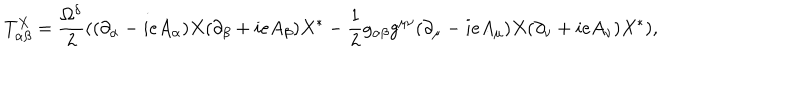
T _ { \alpha \beta } ^ { X } = \frac { \Omega ^ { \delta } } { 2 } ( ( \partial _ { \alpha } - i e A _ { \alpha } ) X ( \partial _ { \beta } + i e A _ { \beta } ) X ^ { * } - \frac { 1 } { 2 } g _ { \alpha \beta } g ^ { \mu \nu } ( \partial _ { \mu } - i e A _ { \mu } ) X ( \partial _ { \nu } + i e A _ { \nu } ) X ^ { * } ) ,